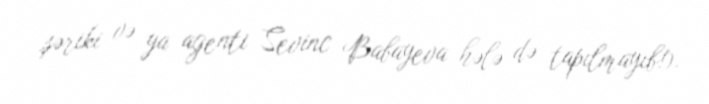
şəriki və ya agenti Sevinc Babayeva hələ də tapılmayıb!).